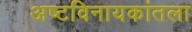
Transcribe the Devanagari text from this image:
अष्टविनायकांतला